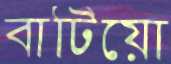
বাটিয়ো